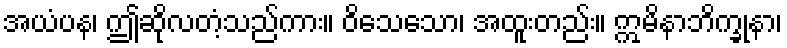
အယံပန၊ ဤဆိုလတံ့သည်ကား။ ဝိသေသော၊ အထူးတည်း။ ဣမိနာဘိက္ခုနာ၊